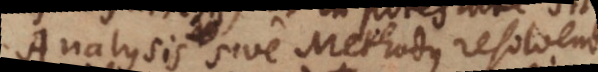
Analysis sive Methodus resolven